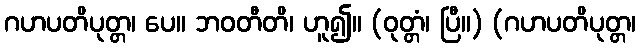
ဂဟပတိပုတ္တ၊ ပေ။ ဘဝတီတိ၊ ဟူ၍။ (ဝုတ္တံ၊ ပြီ။) (ဂဟပတိပုတ္တ၊